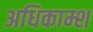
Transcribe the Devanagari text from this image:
अधिकाम्श